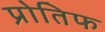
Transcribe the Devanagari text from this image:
प्रोतिफ